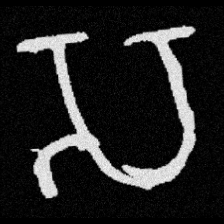
Pyu character \u2014 Myanmar letter: သ (romanized: sa)